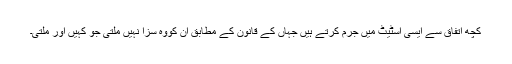
کچھ اتفاق سے ایسی اسٹیٹ میں جرم کرتے ہیں جہاں کے قانون کے مطابق ان کووہ سزا نہیں ملتی جو کہیں اور ملتی۔